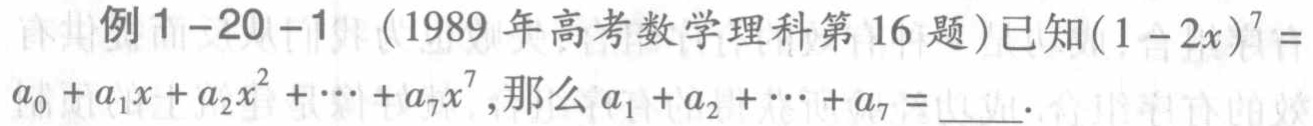
例1-20-1（1989年高考数学理科第16题）已知\((1 - 2x)^{7}=a_{0}+a_{1}x + a_{2}x^{2}+\cdots + a_{7}x^{7}\),那么\(a_{1}+a_{2}+\cdots + a_{7}=\underline{\quad\quad}\).